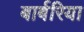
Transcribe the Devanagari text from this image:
बार्बरिया